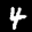
Label: 4